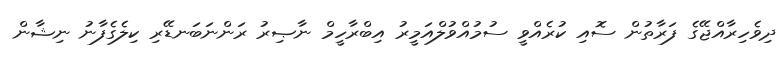
ދިވެހިރާއްޖޭގެ ފަރާތުން ސޮއި ކުރެއްވީ ސުމުއްވުލްއަމީރު އިބްރާހީމް ނާޞިރު ރަންނަބަނޑޭރި ކިލެގެފާނު ނިޝާން